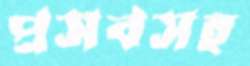
প্রসবসহ